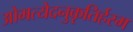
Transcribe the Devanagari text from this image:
ओमत्येदनुकृतिर्हस्म